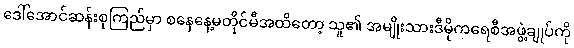
ဒေါ်အောင်ဆန်းစုကြည်မှာ စနေနေ့မတိုင်မီအထိတော့ သူ၏ အမျိုးသားဒီမိုကရေစီအဖွဲ့ချုပ်ကို